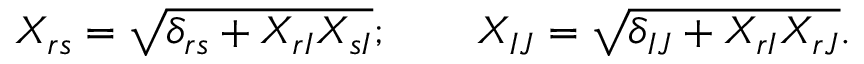
X _ { r s } = \sqrt { \delta _ { r s } + X _ { r I } X _ { s I } } ; \qquad X _ { I J } = \sqrt { \delta _ { I J } + X _ { r I } X _ { r J } } .